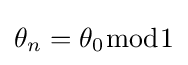
\theta _{n}=\theta _{0}{\bmod {1}}